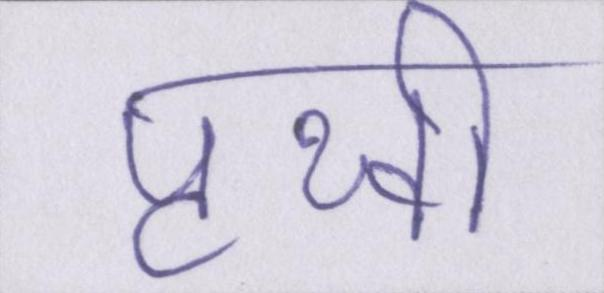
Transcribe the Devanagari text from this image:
पृथ्वी